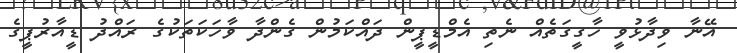
އޭނާ ވިދާޅުވީ ހާގީގަތެއް ނެތި އެމްޑީޕީން ދައްކަމުން ގެންދާ ވާހަކަތަކުގެ ރައްދު ޑީއާރުޕީގެ